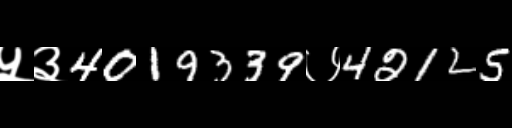
Text: ५३4019339७42125